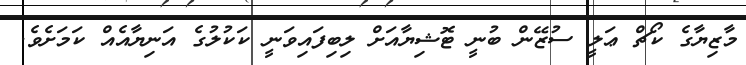
މާޒިޔާގެ ކޯޗް ޢަލީ ސުޒޭން ބުނީ ޓޮޝިޔާއަށް ލިބިފައިވަނީ ކަކުލުގެ އަނިޔާއެއް ކަމަށެވެ.